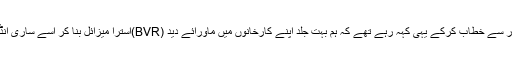
لیکن ہندو ذہنیت ملاحظہ ہو کہ ائر چیف مارشل بھادوریہ نئی دہلی میں اس سیمینار سے خطاب کرکے یہی کہہ رہے تھے کہ ہم بہت جلد اپنے کارخانوں میں ماورائے دید (BVR)استرا میزائل بنا کر اسے ساری انڈین ائر فورس (IAF) میں انڈکٹ کر دیں گے…… اور پھر دیکھئے کیا ہوتا ہے!